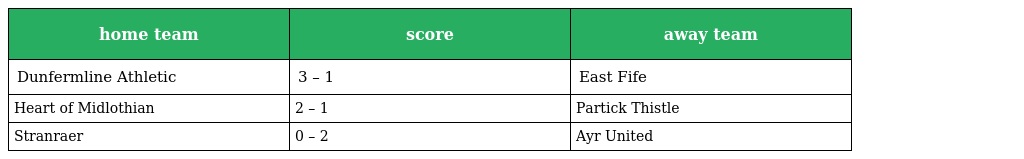
| home team | score | away team |
 | --- | --- | --- |
 | Dunfermline Athletic | 3 – 1 | East Fife |
 | Heart of Midlothian | 2 – 1 | Partick Thistle |
 | Stranraer | 0 – 2 | Ayr United |